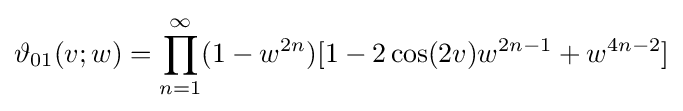
\vartheta _{01}(v;w)=\prod _{n=1}^{\infty }(1-w^{2n})[1-2\cos(2v)w^{2n-1}+w^{4n-2}]